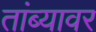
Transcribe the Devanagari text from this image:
तांब्यावर